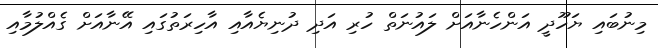
މިނުބައި ޔަހޫދީ އަންހެނާއަށް ލައުނަތް ހުރި އަދި ދުނިޔެއާއި އާހިރަތުގައި އޭނާއަށް ގެއްލުމާއި